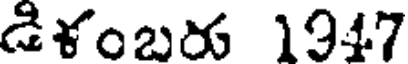
డిళంబరు 1947